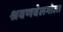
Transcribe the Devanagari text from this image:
श्रवणवेलगोला